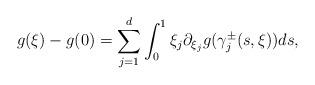
LaTeX: \begin{align*} g(\xi)-g(0)=\sum_{j=1}^d\int_0^1\xi_j\partial_{\xi_j}g(\gamma_j^\pm(s,\xi))ds,\end{align*}